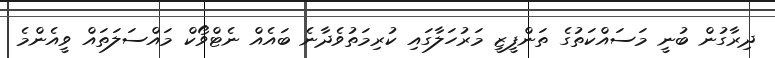
ދިރާގުން ބުނީ މަސައްކަތުގެ ތަންފީޒީ މަރުހަލާގައި ކުރިމަތުވެދާނެ ބައެއް ނެޓްވޯކް މައްސަލަތައް ވީއެންމެ